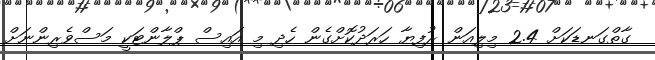
ގާތްގަނޑަކަށް 2.4 މިލިއަން ރުފިޔާ ހަރަދުކޮށްގެން ހެދި މި އައިސް ޕްލާންޓަކީ މަސްވެރިންނަށް